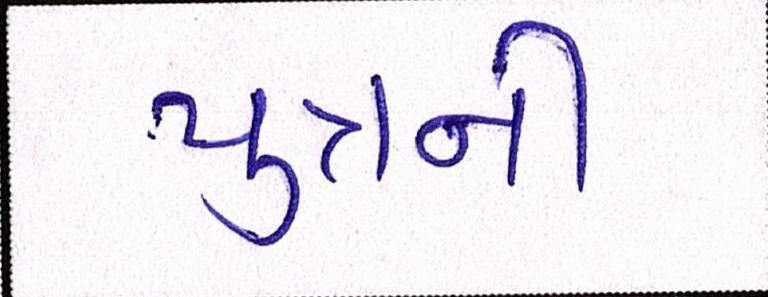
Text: પુત્રની